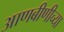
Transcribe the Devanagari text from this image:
आणबीणीच्या